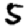
Digit: 5